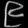
Digit: ၉